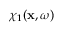
\chi _ { 1 } ( \mathbf { x } , \omega )